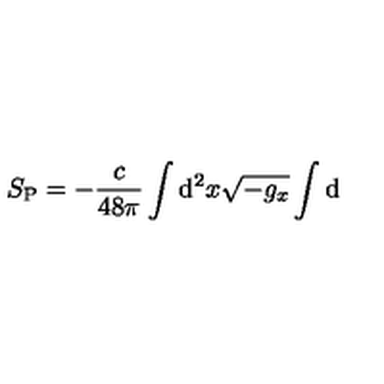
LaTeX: S _ { \mathrm { P } } = - { \frac { c } { 4 8 \pi } } \int \mathrm { d } ^ { 2 } x \sqrt { - g _ { x } } \int \mathrm { d }